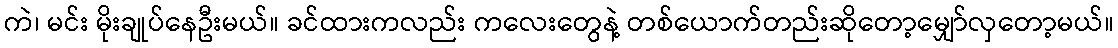
ကဲ၊ မင်း မိုးချုပ်နေဦးမယ်။ ခင်ထားကလည်း ကလေးတွေနဲ့ တစ်ယောက်တည်းဆိုတော့မျှော်လှတော့မယ်။